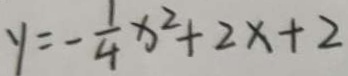
y = - \frac { 1 } { 4 } x ^ { 2 } + 2 x + 2